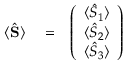
\begin{array} { r l r } { \langle \hat { \bf S } \rangle } & { { } = } & { \left( \begin{array} { c } { \langle \hat { S } _ { 1 } \rangle } \\ { \langle \hat { S } _ { 2 } \rangle } \\ { \langle \hat { S } _ { 3 } \rangle } \end{array} \right) } \end{array}